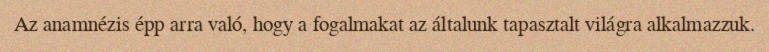
Az anamnézis épp arra való, hogy a fogalmakat az általunk tapasztalt világra alkalmazzuk.